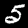
Label: 5